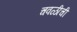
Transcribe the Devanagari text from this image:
चवळीची